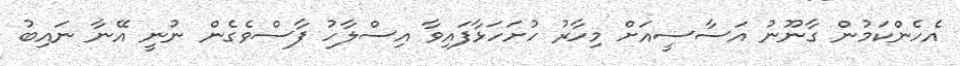
އެހެންކަމުން ގާނޫނު އަސާސީއަށް މިހާރު ހުށަހަޅާފައިވާ އިސްލާހު ފާސްވެގެން ނުނީ އޭނާ ނައިބު